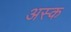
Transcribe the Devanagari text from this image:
अस्क